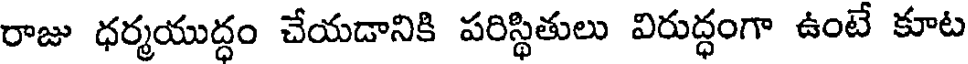
రాజు ధర్మయుద్ధం చేయడానికి పరిస్థితులు విరుద్ధంగా ఉంటే కూట